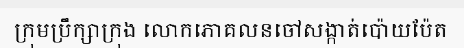
ក្រុមប្រឹក្សាក្រុង លោកភោគលនចៅសង្កាត់ប៉ោយប៉ែត